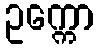
ဥက္ကော